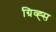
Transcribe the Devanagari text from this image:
ग्रिव्ह्स